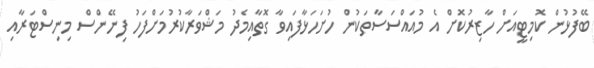
ބޭފުޅުން ކޮމިޓީއަށް ހާޒިރުކޮށް އެ މުއައްސަސާތަކުން ހުށަހަޅާފައިވާ ގޮތާއިމެދު މަޝްވަރާކުރުމަށްފަހު ފިނޭންސް މިނިސްޓަރާއި